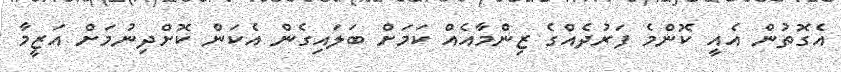
އެގޮތުން އެއީ ކޮންމެ ފަރުދެއްގެ ޒިންމާއެއް ކަމަށް ބަލައިގެން އެކަން ކޮށްދިނުމަށް އަޒީމާ